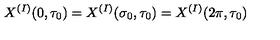
X ^ { ( I ) } ( 0 , \tau _ { 0 } ) = X ^ { ( I ) } ( \sigma _ { 0 } , \tau _ { 0 } ) = X ^ { ( I ) } ( 2 \pi , \tau _ { 0 } )